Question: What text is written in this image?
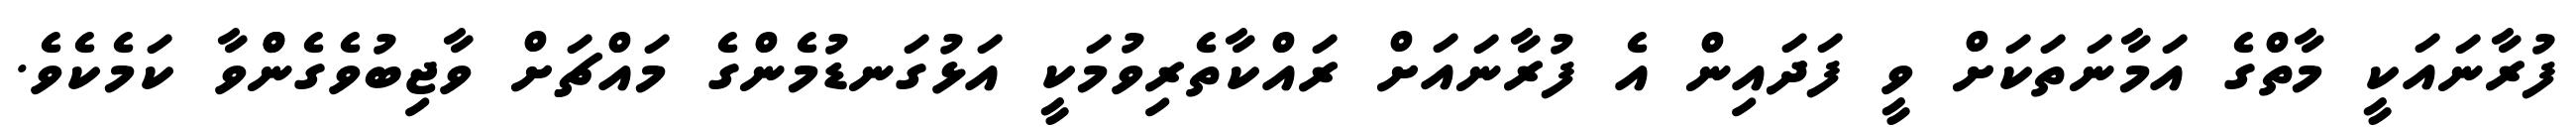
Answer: ފުރާނައަކީ މާތްގެ އަމާނަތަކަށް ވީ ފަދައިން އެ ފުރާނައަށް ރައްކާތެރިވުމަކީ އަޅުގަނޑުމެންގެ މައްޗަށް ވާޖިބުވެގެންްވާ ކަމެކެވެ.